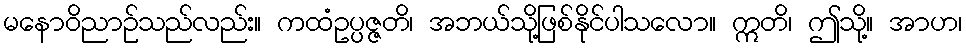
မနောဝိညာဉ်သည်လည်း။ ကထံဥပ္ပဇ္ဇတိ၊ အဘယ်သို့ဖြစ်နိုင်ပါသလော။ ဣတိ၊ ဤသို့။ အာဟ၊